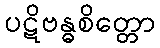
ပဋိဗန္ဓစိတ္တော